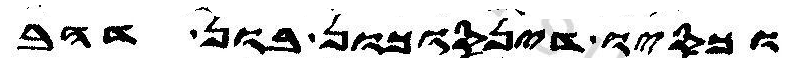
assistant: וכסיו דינסוכון דהב